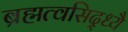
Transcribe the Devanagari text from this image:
ब्रह्मत्वसिद्ध्यै